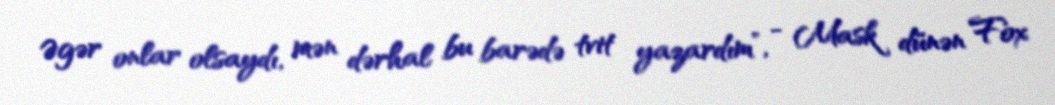
Əgər onlar olsaydı, mən dərhal bu barədə tvit yazardım”, - Mask dünən Fox